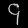
Digit: ၄